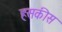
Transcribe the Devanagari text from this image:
हसकीस